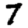
Digit: 7